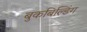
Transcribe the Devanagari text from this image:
बुकबिल्डिंग